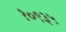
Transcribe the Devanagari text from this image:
१०९३५